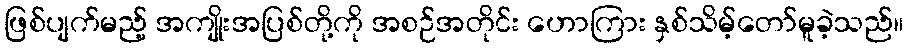
ဖြစ်ပျက်မည့် အကျိုးအပြစ်တို့ကို အစဉ်အတိုင်း ဟောကြား နှစ်သိမ့်တော်မူခဲ့သည်။